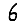
Digit: 6